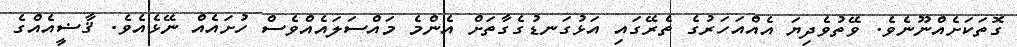
ގޮތަކަށެއްނޫނެވެ. ވޭތުވެދިޔަ އެއްއަހަރުގެ ތެރޭގައި އަޅުގަނޑުގެގާތަށް އެންމެ މައްސަލައެއްވެސް ހުށައެއް ނޭޅެއެވެ. ޤާޟީއެއްގެ